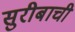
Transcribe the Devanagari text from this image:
सुरीबाची